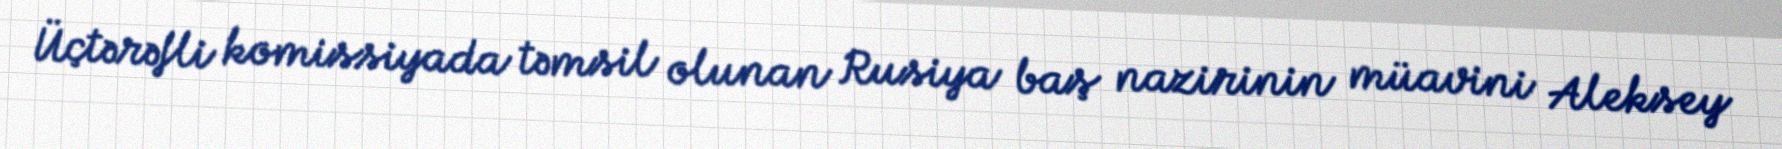
Üçtərəfli komissiyada təmsil olunan Rusiya baş nazirinin müavini Aleksey